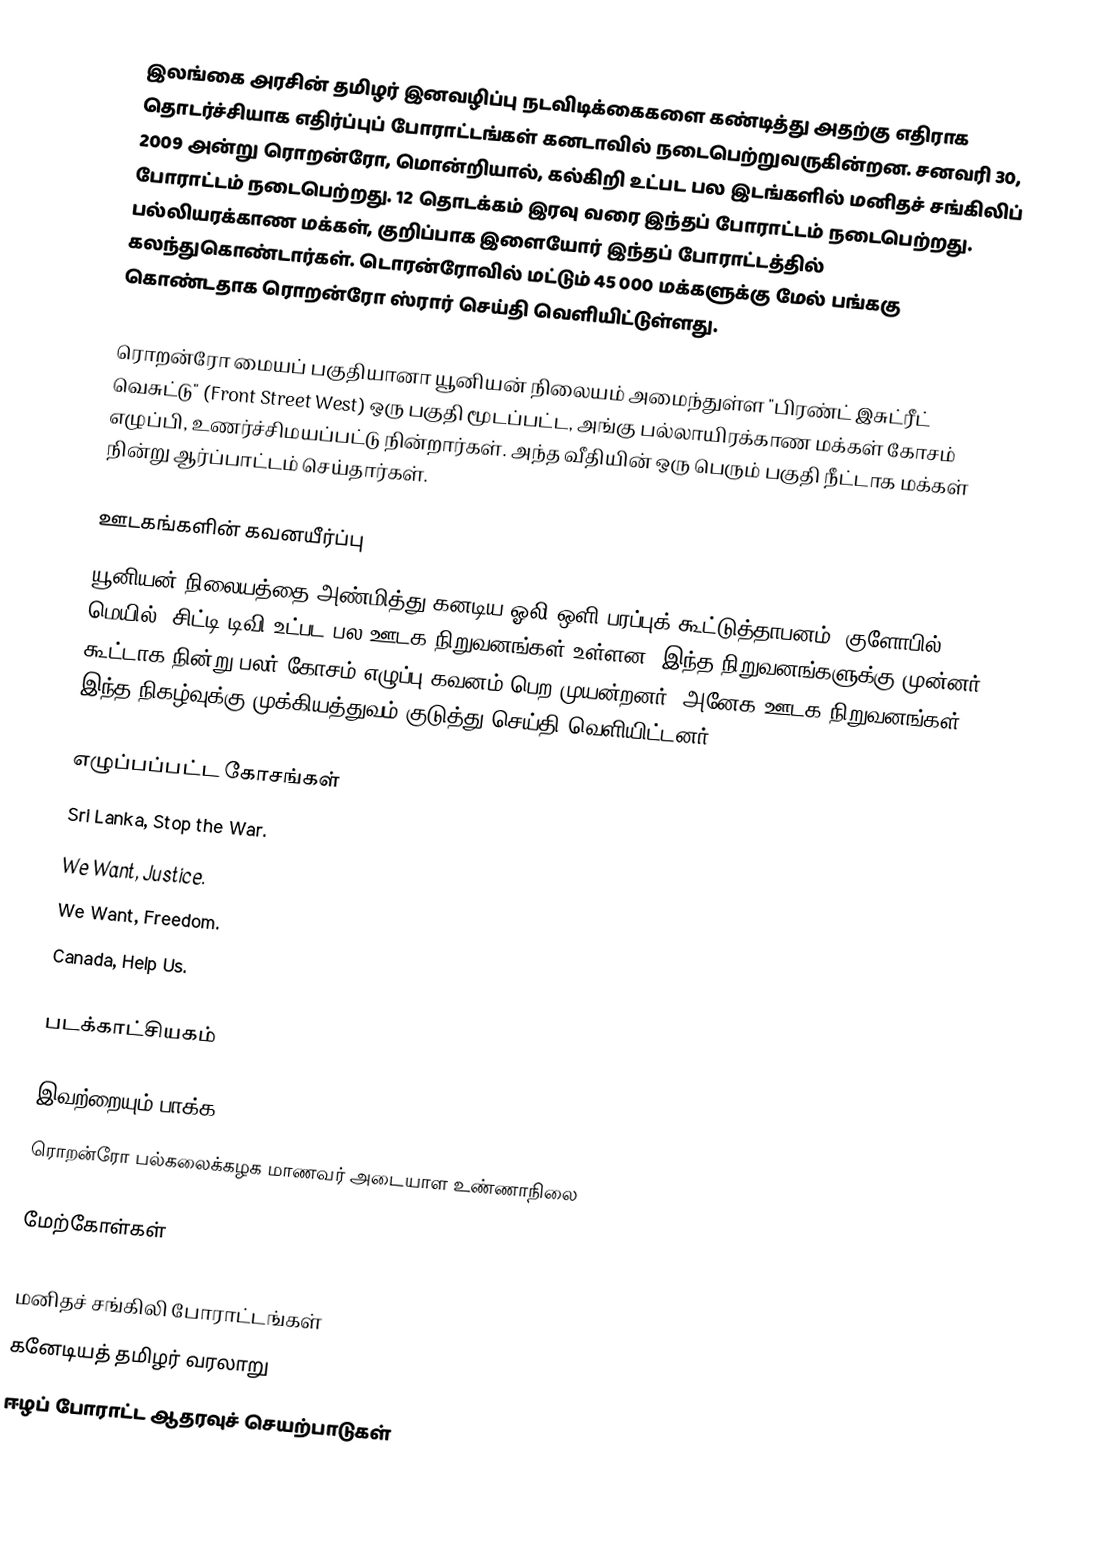
இலங்கை அரசின் தமிழர் இனவழிப்பு நடவிடிக்கைகளை கண்டித்து அதற்கு எதிராக தொடர்ச்சியாக எதிர்ப்புப் போராட்டங்கள் கனடாவில் நடைபெற்றுவருகின்றன.  சனவரி 30, 2009 அன்று ரொறன்ரோ, மொன்றியால், கல்கிறி உட்பட பல இடங்களில் மனிதச் சங்கிலிப் போராட்டம் நடைபெற்றது.  12 தொடக்கம் இரவு வரை இந்தப் போராட்டம் நடைபெற்றது.  பல்லியரக்காண மக்கள், குறிப்பாக இளையோர் இந்தப் போராட்டத்தில் கலந்துகொண்டார்கள்.  டொரன்ரோவில் மட்டும் 45 000 மக்களுக்கு மேல் பங்ககு கொண்டதாக ரொறன்ரோ ஸ்ரார் செய்தி வெளியிட்டுள்ளது.

ரொறன்ரோ மையப் பகுதியானா யூனியன் நிலையம் அமைந்துள்ள "பிரண்ட் இசுட்ரீட் வெசுட்டு" (Front Street West) ஒரு பகுதி மூடப்பட்ட, அங்கு பல்லாயிரக்காண மக்கள் கோசம் எழுப்பி, உணர்ச்சிமயப்பட்டு நின்றார்கள். அந்த வீதியின் ஒரு பெரும் பகுதி நீட்டாக மக்கள் நின்று ஆர்ப்பாட்டம் செய்தார்கள்.

ஊடகங்களின் கவனயீர்ப்பு
யூனியன் நிலையத்தை அண்மித்து கனடிய ஓலி/ஒளி பரப்புக் கூட்டுத்தாபனம், குளோபில் மெயில், சிட்டி டிவி உட்பட பல ஊடக நிறுவனங்கள் உள்ளன.  இந்த நிறுவனங்களுக்கு முன்னர் கூட்டாக நின்று பலர் கோசம் எழுப்பு கவனம் பெற முயன்றனர்.  அனேக ஊடக நிறுவனங்கள் இந்த நிகழ்வுக்கு முக்கியத்துவம் குடுத்து செய்தி வெளியிட்டனர்.

எழுப்பப்பட்ட கோசங்கள்
 Sri Lanka, Stop the War.
 We Want, Justice.
 We Want, Freedom.
 Canada, Help Us.

படக்காட்சியகம்

இவற்றையும் பாக்க
 ரொறன்ரோ பல்கலைக்கழக மாணவர் அடையாள உண்ணாநிலை

மேற்கோள்கள்

மனிதச் சங்கிலி போராட்டங்கள்
கனேடியத் தமிழர் வரலாறு
ஈழப் போராட்ட ஆதரவுச் செயற்பாடுகள்